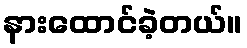
နားထောင်ခဲ့တယ်။